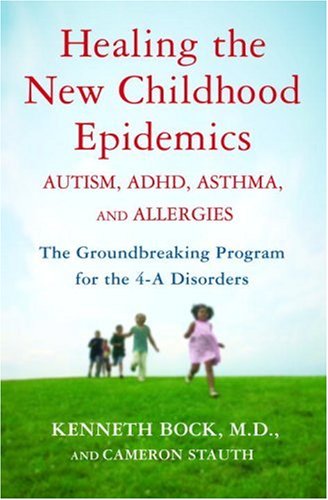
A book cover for Healing the New Childhood Epidemics: Autism, ADHD, Asthma, and Allergies: The Groundbreaking Program for the 4-A Disorders; Kenneth Bock; Parenting & Relationships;